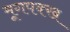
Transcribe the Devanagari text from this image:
मूगपक्ख